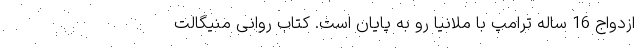
ازدواج 16 ساله ترامپ با ملانیا رو به پایان است. کتاب روانی منیگالت